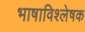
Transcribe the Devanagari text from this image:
भाषाविश्लेषक